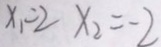
x _ { 1 } = 2 x _ { 2 } = - 2